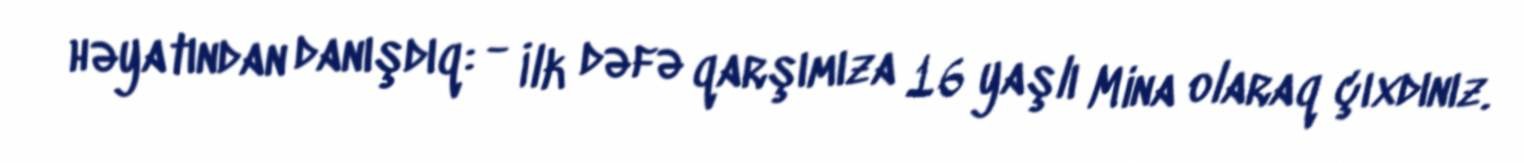
həyatından danışdıq: - İlk dəfə qarşımıza 16 yaşlı Mina olaraq çıxdınız.